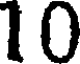
10